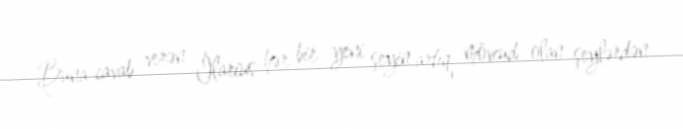
Buna cavab verən İlarius hər bir yeni şeyin artıq mövcud olan şeylərdən